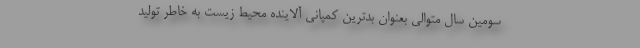
سومین سال متوالی بعنوان بدترین کمپانی آلاینده محیط زیست به خاطر تولید